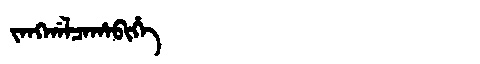
Manchu: ᠵᠠᠩᡤᠠᠯᠴᠠᡥᠠᠪᡳᡥᡝ
Romanization: JANGGALCAHABIHE